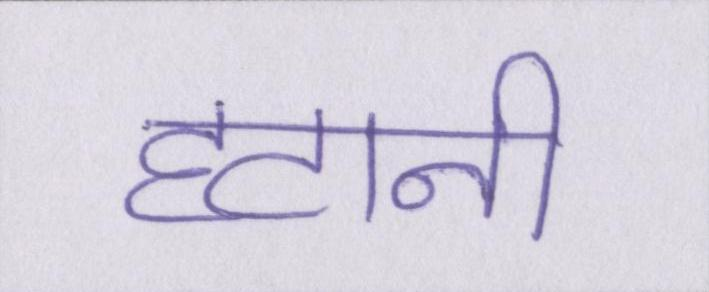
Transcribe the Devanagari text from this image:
हटानी